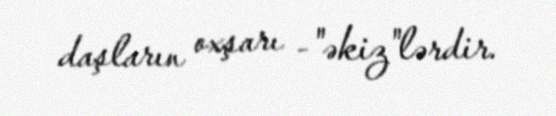
daşların oxşarı -"əkiz"lərdir.